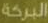
البركة